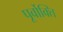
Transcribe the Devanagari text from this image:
पूर्वोक्ति